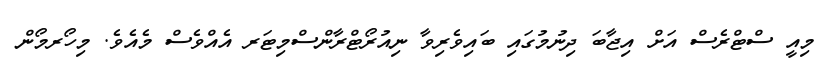
މިއީ ސްޓްރެސް އަށް އިޖާބަ ދިނުމުގައި ބައިވެރިވާ ނިއުރޯޓްރާންސްމިޓަރ އެއްވެސް މެއެވެ. މިހޯރމޯން